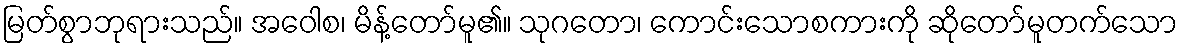
မြတ်စွာဘုရားသည်။ အဝေါစ၊ မိန့်တော်မူ၏။ သုဂတော၊ ကောင်းသောစကားကို ဆိုတော်မူတက်သော